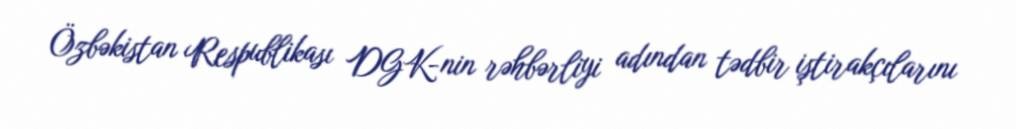
Özbəkistan Respublikası DGK-nin rəhbərliyi adından tədbir iştirakçılarını